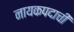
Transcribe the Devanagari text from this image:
नायकपदाची